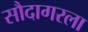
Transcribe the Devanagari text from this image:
सौदागरला